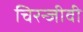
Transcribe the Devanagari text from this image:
चिरन्जीवी